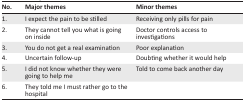
<table><thead><tr><td><b>No.</b></td><td><b>Major themes</b></td><td><b>Minor themes</b></td></tr></thead><tbody><tr><td>1.</td><td>I expect the pain to be stilled</td><td>Receiving only pills for pain</td></tr><tr><td>2.</td><td>They cannot tell you what is going on inside</td><td>Doctor controls access to investigations</td></tr><tr><td>3.</td><td>You do not get a real examination</td><td>Poor explanation</td></tr><tr><td>4.</td><td>Uncertain follow-up</td><td>Doubting whether it would help</td></tr><tr><td>5.</td><td>I did not know whether they were going to help me</td><td>Told to come back another day</td></tr><tr><td>6.</td><td>They told me I must rather go to the hospital</td><td></td></tr></tbody></table>